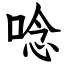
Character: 唸